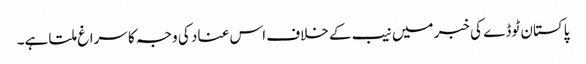
پاکستان ٹوڈے کی خبر میں نیب کے خلاف اس عناد کی وجہ کا سراغ ملتا ہے۔